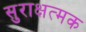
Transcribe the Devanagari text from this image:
सुराक्षत्मक